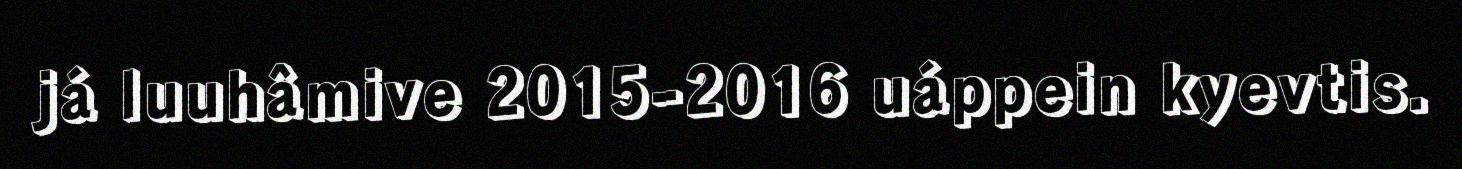
já luuhâmive 2015-2016 uáppein kyevtis.